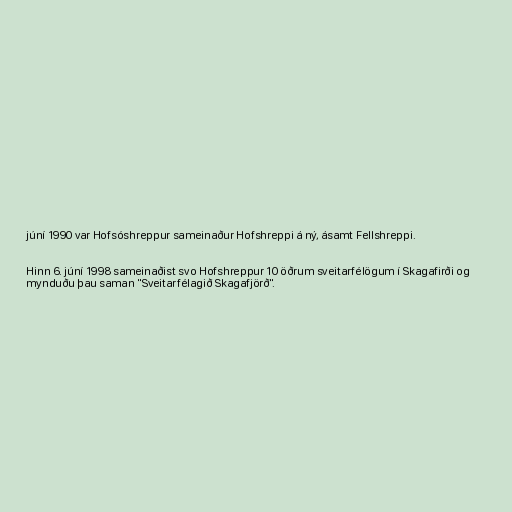
júní 1990 var Hofsóshreppur sameinaður Hofshreppi á ný, ásamt Fellshreppi.

Hinn 6. júní 1998 sameinaðist svo Hofshreppur 10 öðrum sveitarfélögum í Skagafirði og
mynduðu þau saman "Sveitarfélagið Skagafjörð".